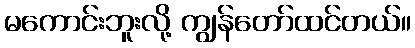
မကောင်းဘူးလို့ ကျွန်တော်ထင်တယ်။